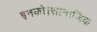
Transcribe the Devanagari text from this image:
इनको।सामाजिक